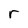
Character: r